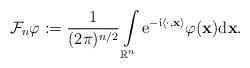
LaTeX: \begin{align*} \mathcal{F}_{n}\varphi:=\frac{1}{(2\pi)^{n/2}}\int\limits_{\mathbb{R}^n}\mathrm{e}^{-\mathrm{i}\langle\cdot,\mathbf{x}\rangle} \varphi(\mathbf{x}) \mathrm{d}\mathbf{x}.\end{align*}